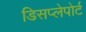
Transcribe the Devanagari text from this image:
डिसप्लेपोर्ट